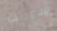
سمعت